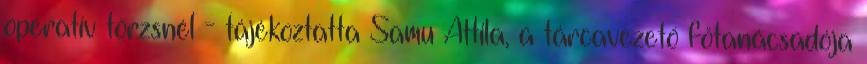
operatív törzsnél - tájékoztatta Samu Attila, a tárcavezető főtanácsadója